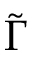
\widetilde \Gamma